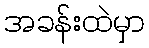
အခန်းထဲမှာ